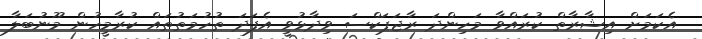
އެކަމަށް އިޝާރާތް ކުރައްވާ މަހިންދަ ރާޖަޕަކްސަ ވިދާޅުވީ އެފަދަ ތުހުމަތުތައް ކުރާމީހުން މޫނުބަލާ